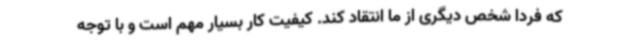
که فردا شخص دیگری از ما انتقاد کند. کیفیت کار بسیار مهم است و با توجه